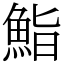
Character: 鮨